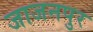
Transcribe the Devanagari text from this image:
जाजनपुर